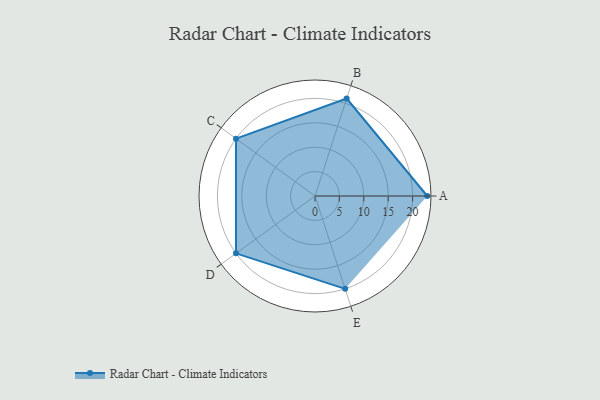
{"axis": {"x": "Skill", "y": "Score"}, "legend": ["Profile"], "data": [{"x": "A", "y": 23.0, "type": "Profile"}, {"x": "B", "y": 21.0, "type": "Profile"}, {"x": "C", "y": 20, "type": "Profile"}, {"x": "D", "y": 20, "type": "Profile"}, {"x": "E", "y": 20, "type": "Profile"}]}